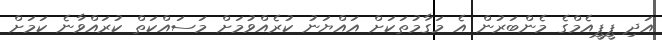
އަދި ޕީޕީއެމްގެ މެންބަރުން އެ މަގާމުތަކަށް އައްޔަނު ކުރެއްވުމަށް މަސައްކަތް ކުރައްވާނެ ކަމަށް